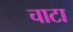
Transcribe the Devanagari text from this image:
चाटा